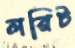
লরিট